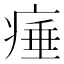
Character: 𤷣